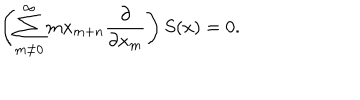
LaTeX: \left( \sum _ { m \neq 0 } ^ { \infty } { m x _ { m + n } { \frac { \partial } { \partial x _ { m } } } } \right) S ( x ) = 0 .